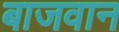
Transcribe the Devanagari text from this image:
बाजवान